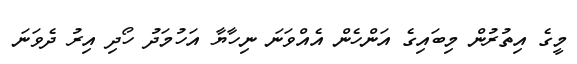
މީގެ އިތުރުން މިބައިގެ އަންހެން އެއްވަނަ ނިހާޔާ އަހުމަދު ހޯދި އިރު ދެވަނަ